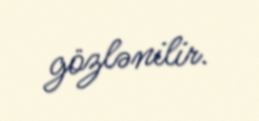
gözlənilir.